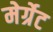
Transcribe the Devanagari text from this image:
मेर्ग्रेट